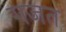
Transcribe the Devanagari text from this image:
गजत